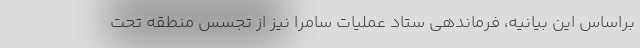
براساس این بیانیه، فرماندهی ستاد عملیات سامرا نیز از تجسس منطقه تحت